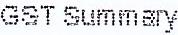
GST SUMMARY